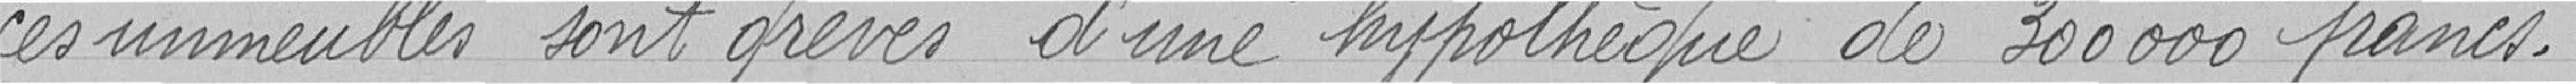
ces immeubles sont grevés d'une hypothèque de 30000 francs.